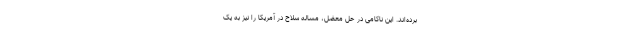
برده‌اند. این ناکامی در حل معضل، مساله سلاح در آمریکا را نیز به یک